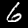
Digit: 6